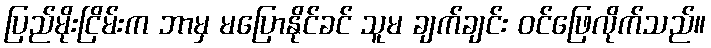
ပြည်မိုးငြိမ်းက ဘာမှ မပြောနိုင်ခင် သူမ ချက်ချင်း ဝင်ဖြေလိုက်သည်။